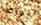
أبواك